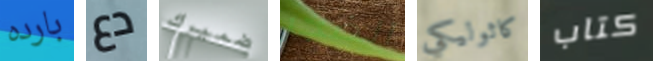
بارده دع ضميرك الضجر كاثوليكي كتاب